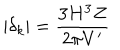
| \delta _ { k } | = \frac { 3 H ^ { 3 } Z } { 2 \pi V ^ { \prime } }